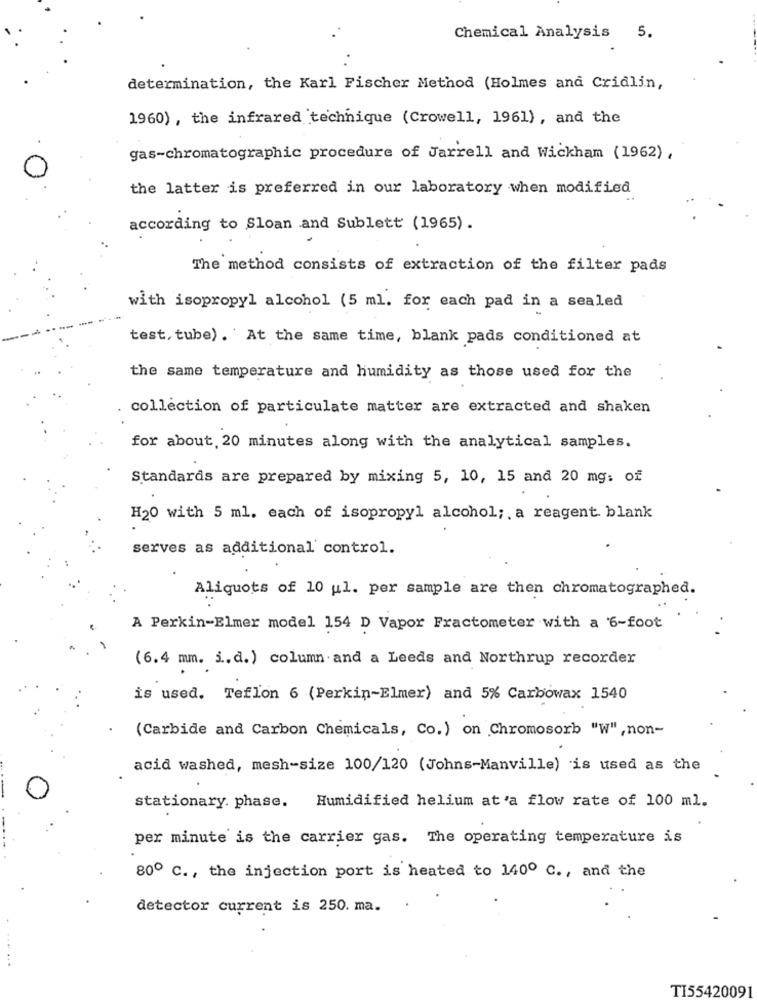
Chemical Analysis 5.
determination, the Karl Fischer Method (Holmes and Cridlin,
1960) , the infrared technique (Crowell, 1961), and the
gas-chromatographic procedure of Jarrell and Wickham (1962) ,
the latter is preferred in our laboratory when modified
according to Sloan and Sublett (1965).
The method consists of extraction of the filter pads
with isopropyl alcohol (5 ml. for each pad in a sealed
test, tube). At the same time, blank pads conditioned at
the same temperature and humidity as those used for the
collection of particulate matter are extracted and shaken
for about, 20 minutes along with the analytical samples.
Standards are prepared by mixing 5, 10, 15 and 20 mg: of
H20 with 5 ml. each of isopropyl alcohol; a reagent blank
serves as additional control.
Aliquots of 10 ul. per sample are then chromatographed.
A Perkin-Elmer model 154 D Vapor Fractometer with a 6-foot
(6.4 mm. j.d.) column and a Leeds and Northrup recorder
is used. Teflon 6 (Perkin-Elmer) and 5% Carbowax 1540
(Carbide and Carbon Chemicals, Co.) on Chromosorb "W", non-
acid washed, mesh-size 100/120 (Johns-Manville) is used as the
Humidified helium at 'a flow rate of 100 ml.
stationary. phase.
per minute is the carrier gas. The operating temperature is
80º C ., the injection port is heated to 140º C ., and the
detector current is 250. ma.
TI55420091